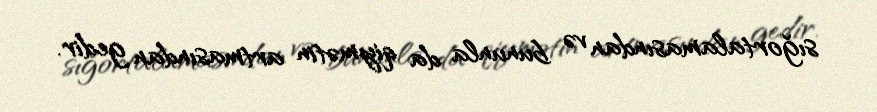
sığortalamasından və bununla da qiymətin artmasından gedir.